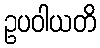
ဥပဝါယတိ